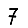
Digit: 7